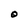
Character: O